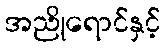
အညိုရောင်နှင့်